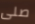
صلى